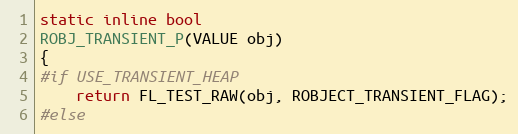
Language: C
static inline bool
ROBJ_TRANSIENT_P(VALUE obj)
{
#if USE_TRANSIENT_HEAP
    return FL_TEST_RAW(obj, ROBJECT_TRANSIENT_FLAG);
#else